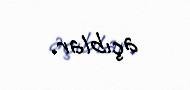
açıblar.